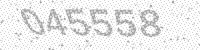
Solution: 045558